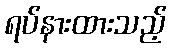
ရပ်နားထားသည့်